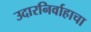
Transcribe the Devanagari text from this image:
उदारनिर्वाहाचा